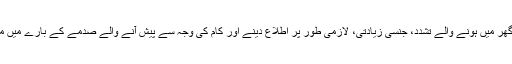
یہاں پر خاندان اور گھر میں ہونے والے تشدد، جنسی زیادتی، لازمی طور پر اطلاع دینے اور کام کی وجہ سے پیش آنے والے صدمے کے بارے میں معلومات موجود ہیں۔